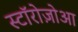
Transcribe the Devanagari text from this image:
स्टॉरोज़ोआ